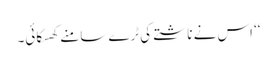
‘‘ اس نے ناشتے کی ٹرے سامنے کھسکائی۔